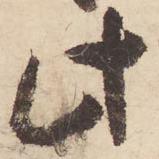
此